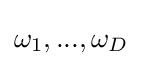
\omega _{1},...,\omega _{D}